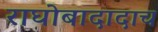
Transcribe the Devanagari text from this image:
राघोबादादाच